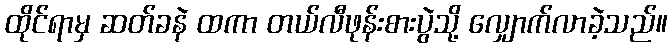
ထိုင်ရာမှ ဆတ်ခနဲ ထကာ တယ်လီဖုန်းစားပွဲသို့ လျှောက်လာခဲ့သည်။